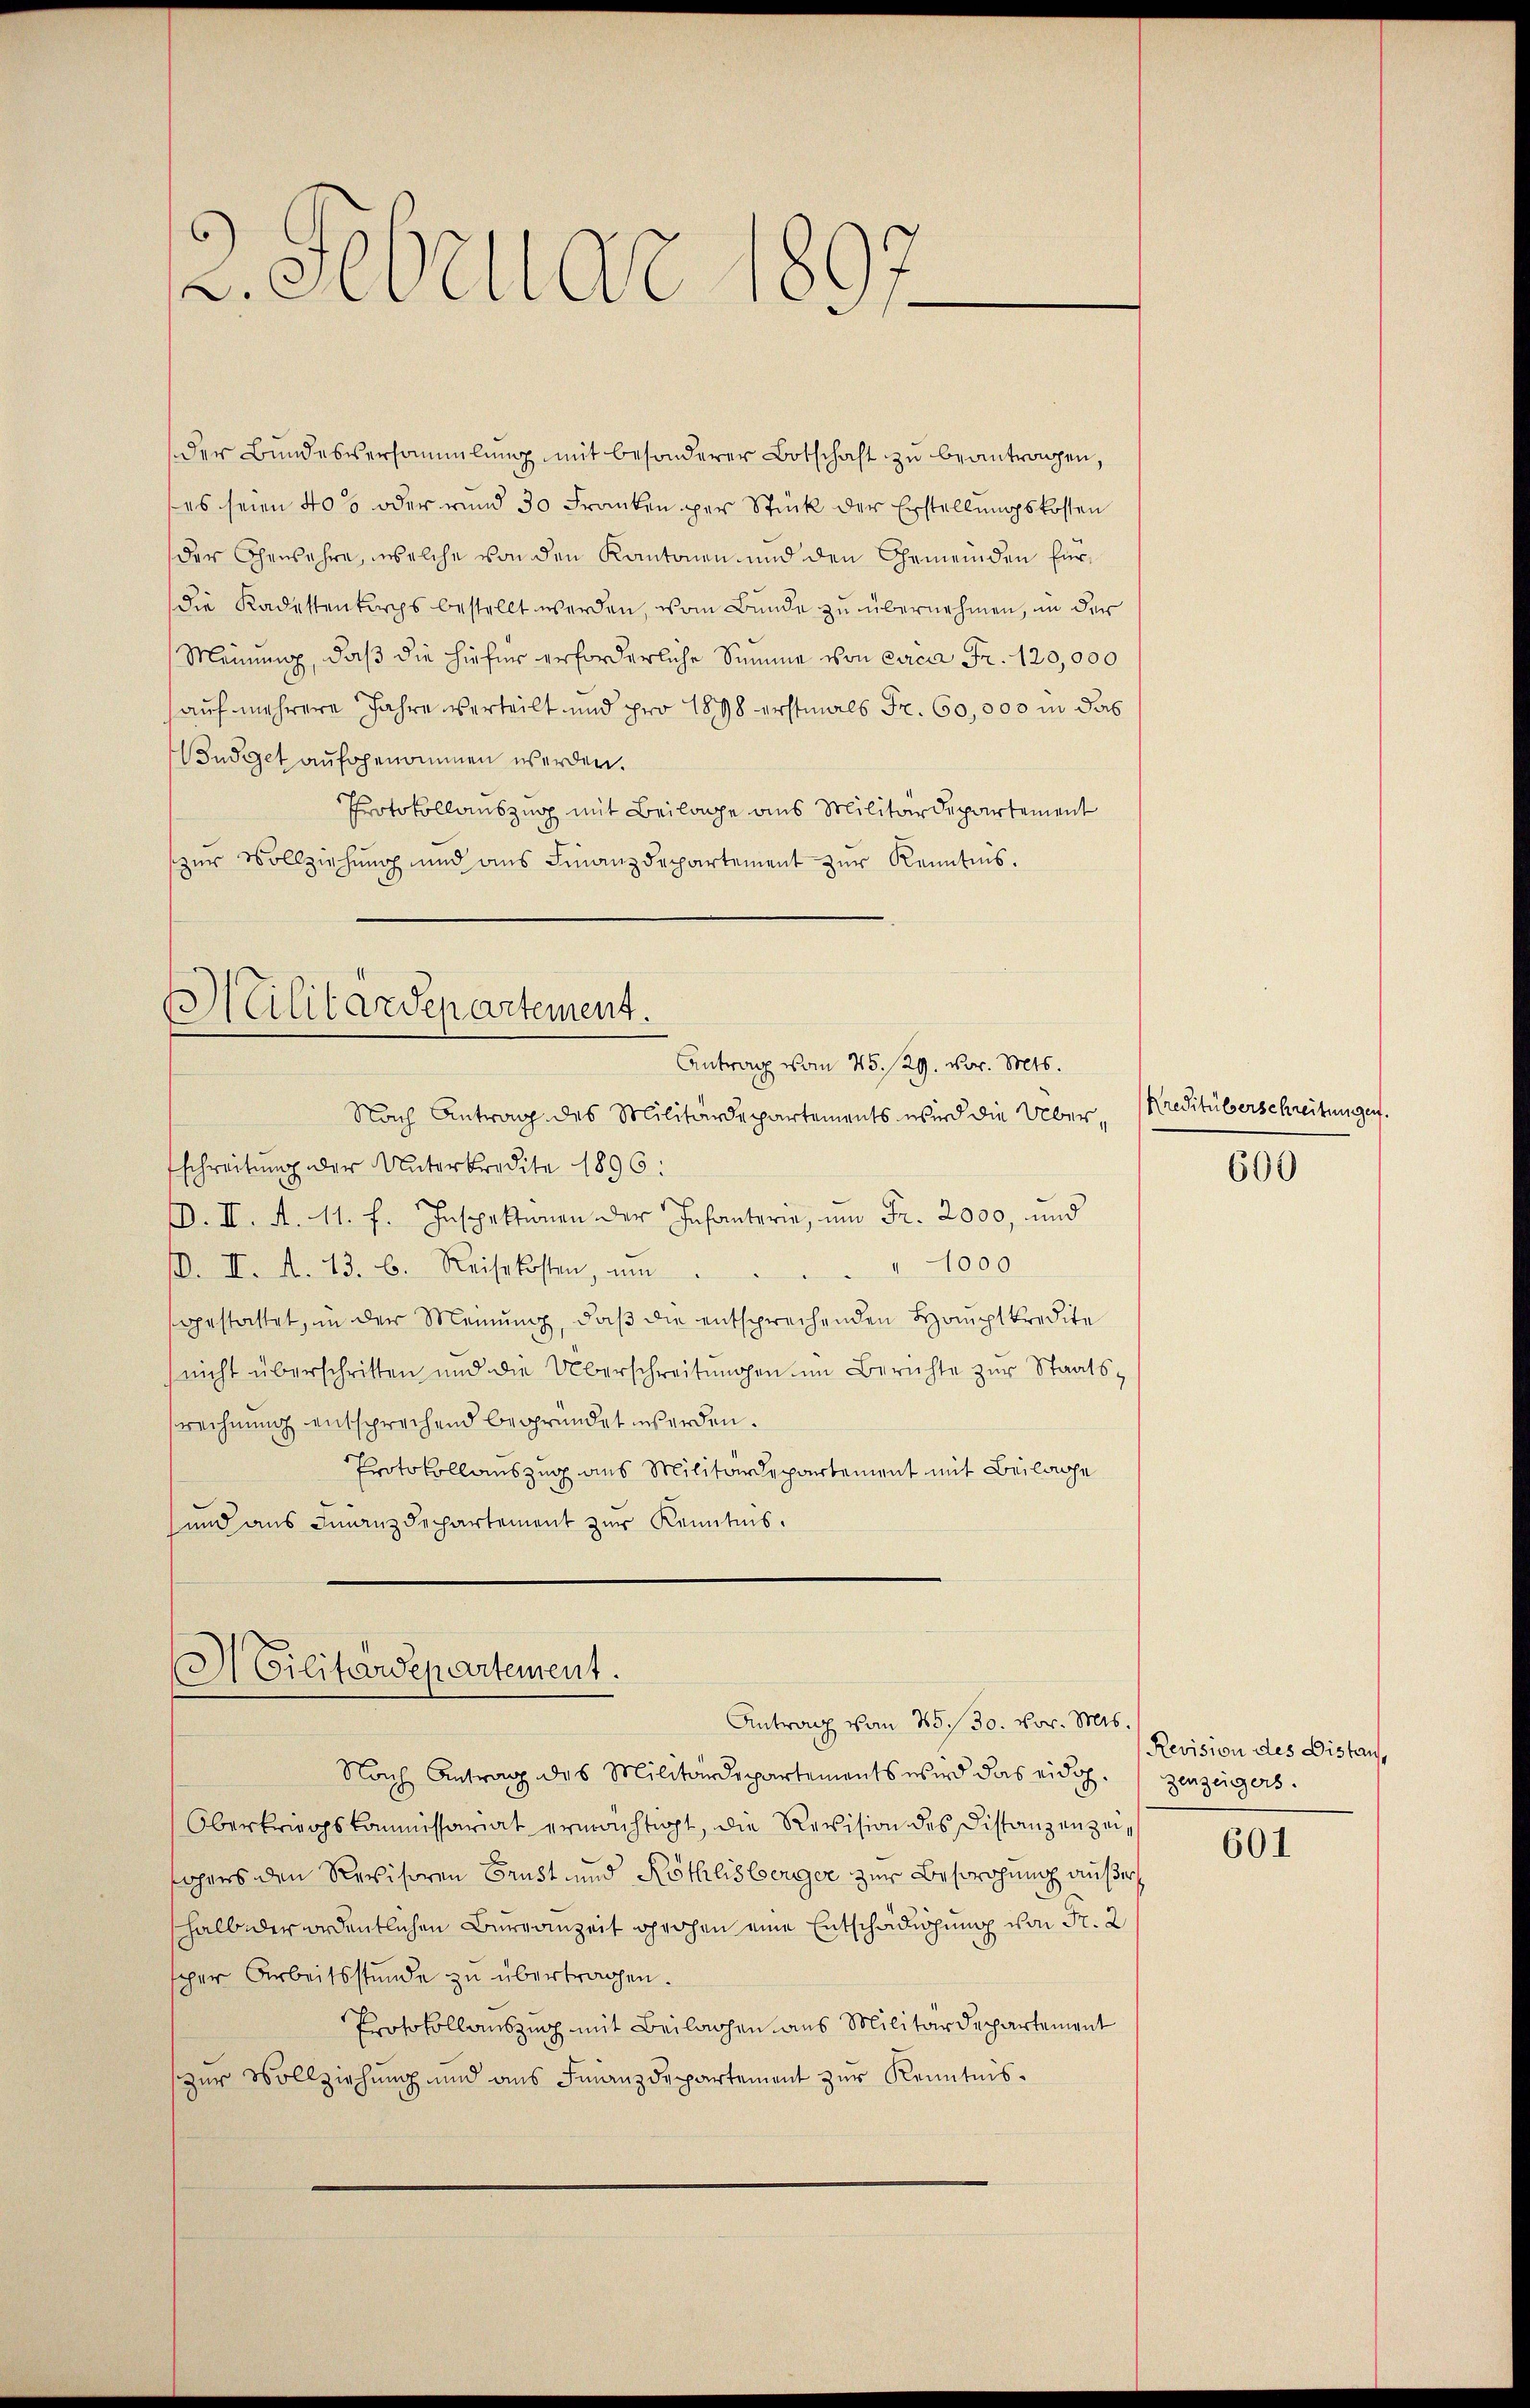
v. Februar 1

der Bundesversammlung mit besonderer Botschaft zu beantragen,
es seien 40% oder vnnd 30 Franken per Stück der Erstellungskosten
der Gewehre, welche von den Kantonen und den Gemeinden Fürdie Kadettentars bestellt werden, vom Bunde zu übernehmen, in der
Meinung, daß die hiefür erforderliche Summe von circa Fr. 120,000
auf mehrere Jahre verteilt und pro 1898 erstmals Fr. 60,000 in das
Büdget aufgenommen werden.
Protokollauszug mit Beilage aus Militärdepartement
zur Vollziehung und aus Finanzdeppartement zur Kenntnis.

Militärdepartement.
Antrag vom 25. 129. vor. Mts.

ACilitärdepartement.
Antrag vom 25./30. vor. Mts.

Nach Antrag des Militärdepartements wird das eidg.
Oberkriegskommissariat ermächtigt, die Revision des Distanzenzeiogers den Revisoren Brust und Röthlisberger zur Besorohung außershalb der ordentlichen Burranzeit sprochen eine Entschädigung von Fr. 2
sper Arbeitsstunde zu übertragen.
Protokollauszug mit Beilachen aus Militärdepartement
zur Vollziehung und aus Finanzdepartement zur Kenntnis¬

Nach Antrag des Militärdepartements wird die Überschreitung der Unterkredite 1896:
D. II. A. 11. f. Inspektionen der Infanterie, um Fr. 2000, und
1000
(. II. A. 13. b. Reisekosten, um
gestattet, in der Meinung, daß die entsprechenden Hauptkredite
nicht überschritten und die Überschreitungen im Berichte zur Staatssrechnung entsprechend begründet werden.
Protokollauszug aus Militärdepartement mit Beilage
und aus Finanzdechartement zur Kenntnis.

Kreditüberschreitungen.

600

Revision des Distanz,
zenzeigers.

601